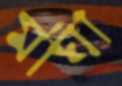
মাঘী